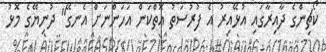
ކޯޗިންގެ ދާއިރާގައި އުޅޭއިރު އެ ފުރުސަތު އޮތްކަން އަހަންނަށް އެނގޭ" ދުނިޔޭގެ މޮޅު